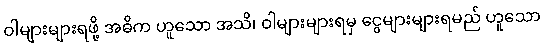
ဝါများများရဖို့ အဓိက ဟူသော အသိ၊ ဝါများများရမှ ငွေများများရမည် ဟူသော